Civil Veterinary Department. Madras. Admin. report 1910-25 - 1910-1925
Year: 1910
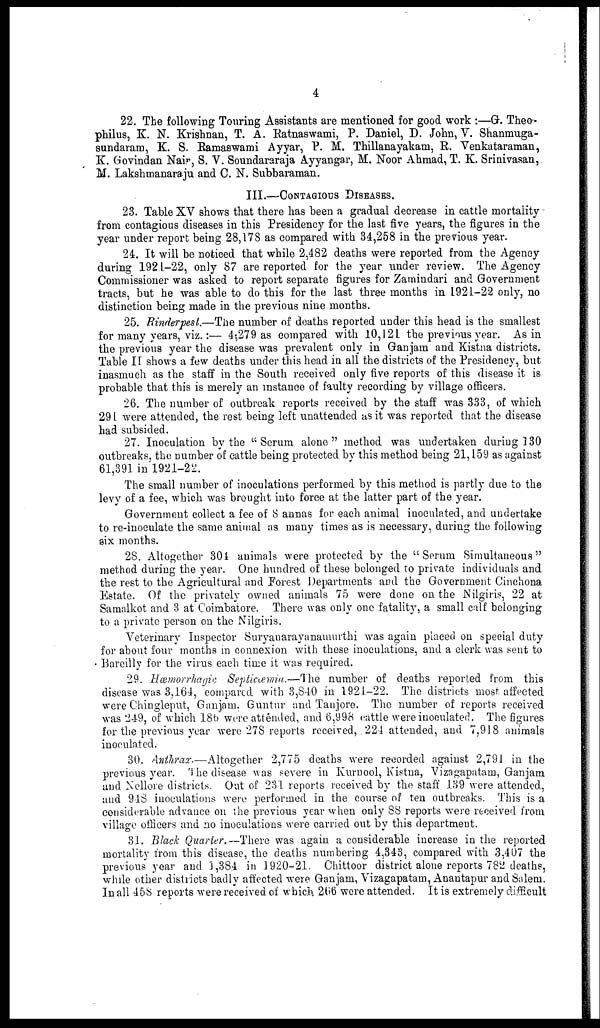
4
22. The following Touring Assistants are mentioned for good work :—G. Theo-
philus, K. N. Krishnan, T. A. Ratnaswami, P. Daniel, D. John, V. Shanmuga-
sundaram, K. S. Ramaswami Ayyar, P. M. Thillanayakam, E. Venkataraman,
K. Govindan Nair, S. V. Soundararaja Ayyangar, M. Noor Ahmad, T. K. Srinivasan,
M. Lakshmanaraju and C. N. Subbaraman.
III.—CONTAGIOUS DISEASES.
23. Table XV shows that there has been a gradual decrease in cattle mortality
from contagious diseases in this Presidency for the last five years, the figures in the
year under report being 28,178 as compared with 34,258 in the previous year.
24. It will be noticed that while 2,482 deaths were reported from the Agency
during 1921-22, only 87 are reported for the year under review. The Agency
Commissioner was asked to report separate figures for Zamindari and Government
tracts, but he was able to do this for the last three months in 1921-22 only, no
distinction being made in the previous nine months.
25. Rinderpest.—The number of deaths reported under this head is the smallest
for many Years, viz.:— 4,279 as compared with 10,121 the previous year. As in
the previous year the disease was prevalent only in Ganjam and Kistna districts.
Table II shows a few deaths under this head in all the districts of the Presidency, but
inasmuch as the staff in the South received only five reports of this disease it is
probable that this is merely an instance of faulty recording by village officers.
26. The number of outbreak reports received by the staff was 333, of which
291 were attended, the rest being left unattended as it was reported that the disease
had subsided.
27. Inoculation by the "Serum alone" method was undertaken during 130
outbreaks, the number of cattle being protected by this method being 21,159 as against
61,391 in 1921-22.
The small number of inoculations performed by this method is partly due to the
levy of a fee, which was brought into force at the latter part of the year.
Government collect a fee of 8 annas for each animal inoculated, and undertake
to re-inoculate the same animal as many times as is necessary, during the following
six months.
28. Altogether 301 animals were protected by the "Serum Simultaneous"
method during the year. One hundred of these belonged to private individuals and
the rest to the Agricultural and Forest Departments and the Government Cinchona
Estate. Of the privately owned animals 75 were done on the Nilgiris, 22 at
Samalkot and 3 at Coimbatore. There was only one fatality, a small calf belonging
to a private person on the Nilgiris.
Veterinary Inspector Suryanarayanamurthi was again placed on special duty
for about four months in connexion with these inoculations, and a clerk was sent to
Bareilly for the virus each time it was required.
29. Hæmorrhagic Septicæmia.—The number of deaths reported from this
disease was 3,164, compared with 3,840 in 1921-22. The districts most affected
were Chingleput, Ganjam. Guntur and Tanjore. The number of reports received
was 249, of which 18b were attended, and 6,998 cattle were inoculated. The figures
for the previous year were 278 reports received, 224 attended, and 7,918 animals
inoculated.
30. Anthrax.—Altogether 2,775 deaths were recorded against 2,791 in the
previous year. The disease was severe in Kurnool, Kistna, Vizagapatam, Ganjam
and Nellore districts. Out of 231 reports received by the staff 139 were attended,
and 9-1S inoculations were performed in the course of ten outbreaks. This is a
considerable advance on the previous year when only 88 reports were received from
village officers and no inoculations were carried out by this department.
31. Black Quarter.—There was again a considerable increase in the reported
mortality from this disease, the deaths numbering 4,343, compared with 3,407 the
previous year and 1,384 in 1920-21. Chittoor district alone reports 782 deaths,
while other districts badly affected were Ganjam, Vizagapatam, Anantapur and Salem.
In all 458 reports were received of which, 266 were attended. It is extremely difficult